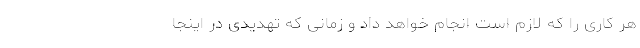
هر کاری را که لازم است انجام خواهد داد و زمانی که تهدیدی در اینجا